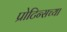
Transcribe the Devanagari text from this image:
प्रोटिन्सच्या